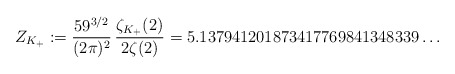
\begin{align*}Z_{K_+}:=\frac{59^{3/2}}{(2\pi)^2}\,\frac{\zeta_{K_+}(2)}{2\zeta(2)}=5.137941201873417769841348339\ldots\end{align*}